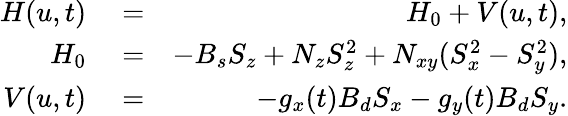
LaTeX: \begin{array}{rlr}{H(u,t)}&{{}=}&{H_{0}+V(u,t),}\\ {H_{0}}&{{}=}&{-B_{s}S_{z}+N_{z}S_{z}^{2}+N_{xy}(S_{x}^{2}-S_{y}^{2}),}\\ {V(u,t)}&{{}=}&{-g_{x}(t)B_{d}S_{x}-g_{y}(t)B_{d}S_{y}.}\end{array}